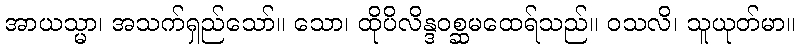
အာယသ္မာ၊ အသက်ရှည်သော်။ သော၊ ထိုပိလိန္ဒဝစ္ဆမထေရ်သည်။ ဝသလိ၊ သူယုတ်မာ။